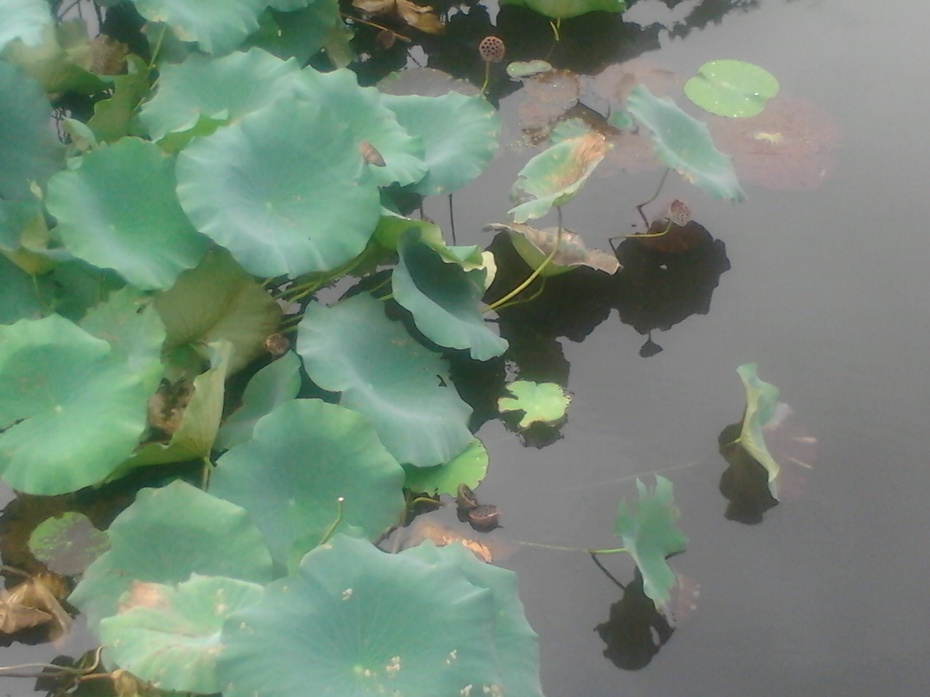
莲子已成荷叶老。青露洗蘋花汀草。